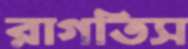
রাগতিস